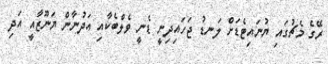
ރޭގެ މެޗުގައި ޔުނައިޓެޑަށް ލަނޑު ޖަހައިދިނީ ޑެނީ ވެލްބެކާއި އަދުނާން ޔަނޫޒާއީ އަދި